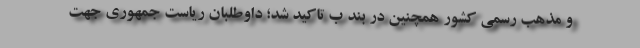
و مذهب رسمی کشور همچنین در بند ب تاکید شد؛ داوطلبان ریاست جمهوری جهت